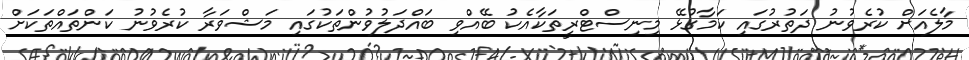
މާލެއަށް ކުރެވުނު ދަތުރުގައި ކަމާގުޅޭ މިނިސްޓްރީތަކާއެކު ބޭއްވި ބައްދަލުވުންތަކުގައި މަޝްވަރާ ކުރެވުނު ކަންތައްތަކަށް